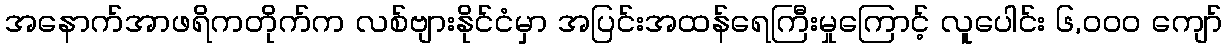
အနောက်အာဖရိကတိုက်က လစ်ဗျားနိုင်ငံမှာ အပြင်းအထန်ရေကြီးမှုကြောင့် လူပေါင်း ၆,၀၀၀ ကျော်